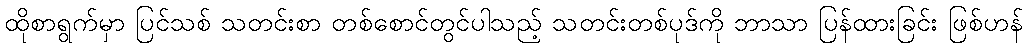
ထိုစာရွက်မှာ ပြင်သစ် သတင်းစာ တစ်စောင်တွင်ပါသည့် သတင်းတစ်ပုဒ်ကို ဘာသာ ပြန်ထားခြင်း ဖြစ်ဟန်